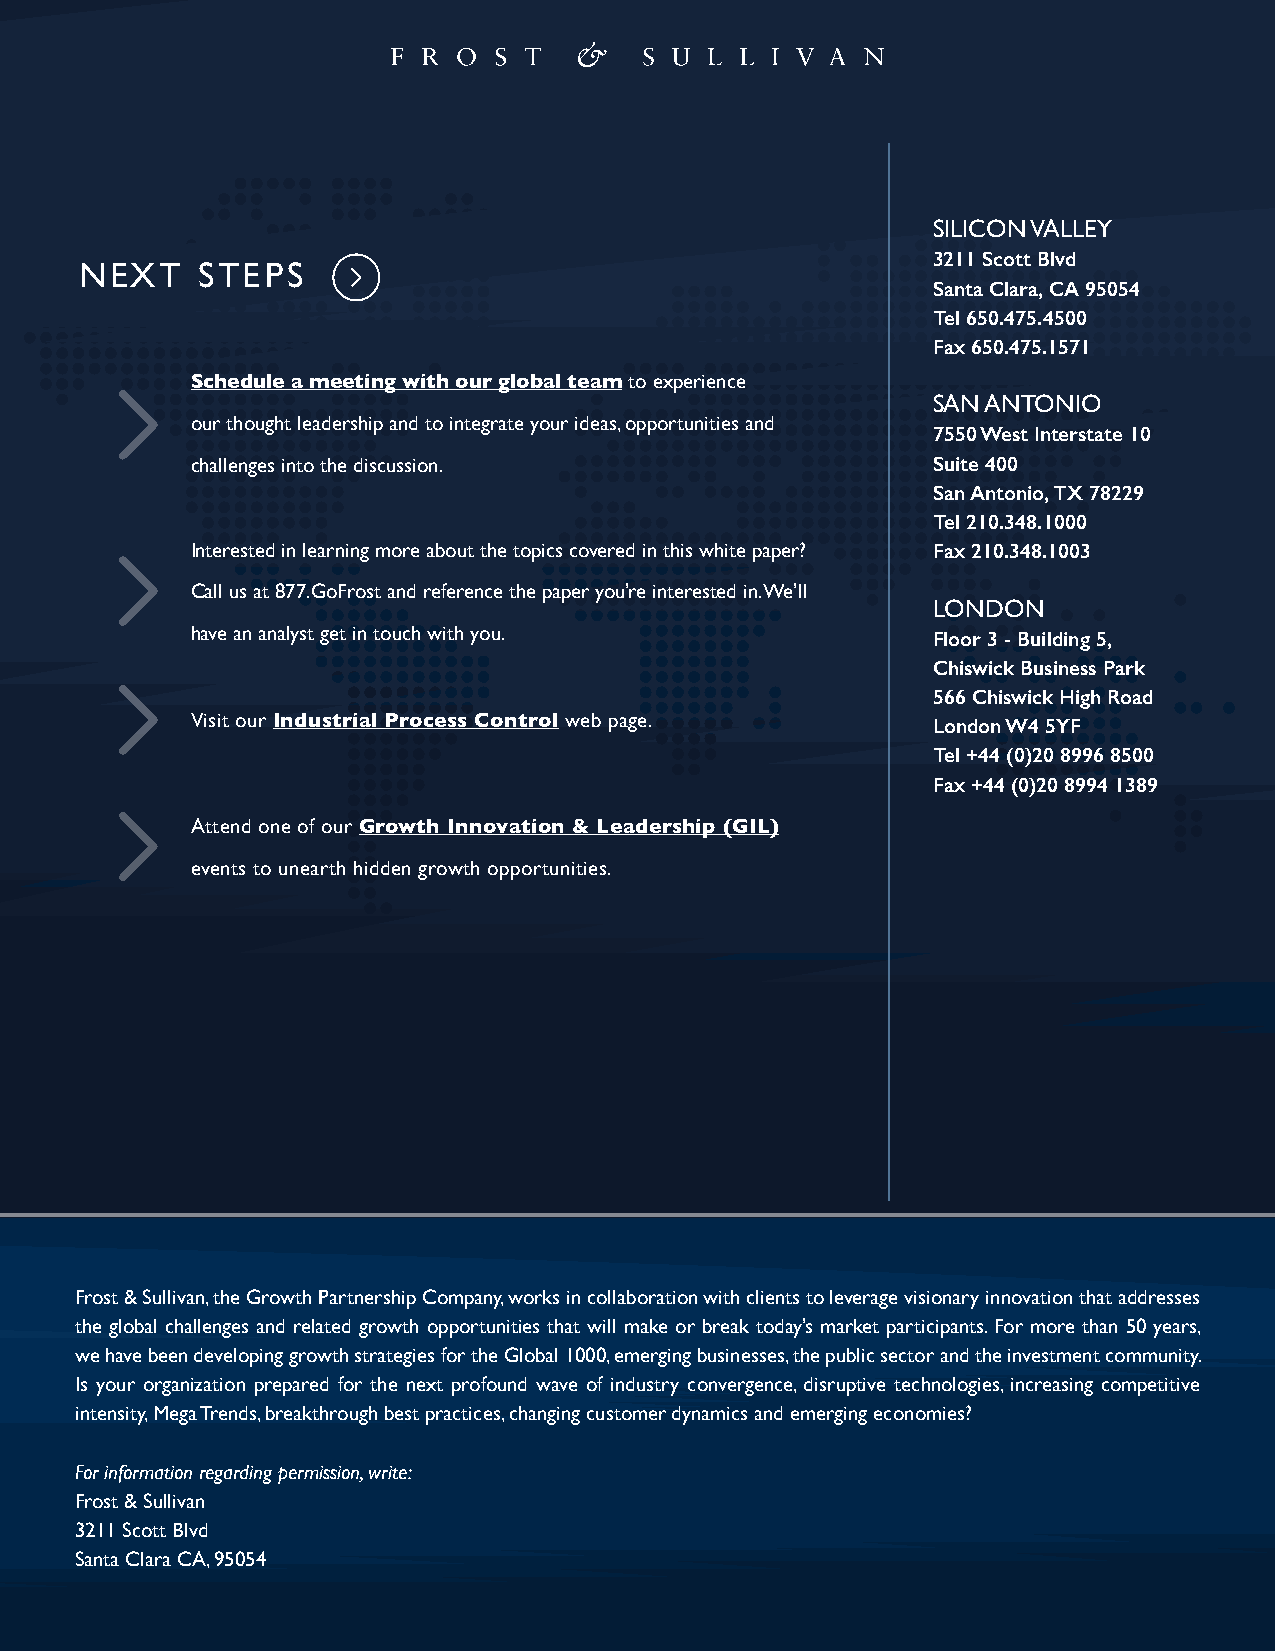
SILICON VALLEY
 3211 Scott Blvd
 NEXT    STEPS
 Santa Clara, CA 95054
 Tel 650.475.4500
 Fax 650.475.1571
 Schedule a meeting with our global team to experience
 SAN ANTONIO
 our thought leadership and to integrate your ideas, opportunities and
 7550 West Interstate 10
 challenges into the discussion.                  Suite 400
 San Antonio, TX 78229
 Tel 210.348.1000
 Interested in learning more about the topics covered in this white paper? Fax 210.348.1003
 Call us at 877.GoFrost and reference the paper you’re interested in. We’ll
 LONDON
 have an analyst get in touch with you.           Floor 3 - Building 5,
 Chiswick Business Park
 566 Chiswick High Road
 Visit our Industrial Process Control web page.   London W4 5YF
 Tel +44 (0)20 8996 8500
 Fax +44 (0)20 8994 1389
 Attend one of our Growth Innovation & Leadership (GIL)
 events to unearth hidden growth opportunities.
 Frost & Sullivan, the Growth Partnership Company, works in collaboration with clients to leverage visionary innovation that addresses
 the global challenges and related growth opportunities that will make or break today’s market participants. For more than 50 years,
 we have been developing growth strategies for the Global 1000, emerging businesses, the public sector and the investment community.
 Is your organization prepared for the next profound wave of industry convergence, disruptive technologies, increasing competitive
 intensity, Mega Trends, breakthrough best practices, changing customer dynamics and emerging economies?
 For information regarding permission, write:
 Frost & Sullivan
 3211 Scott Blvd
 Santa Clara CA, 95054